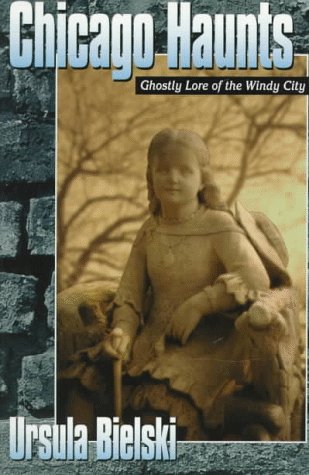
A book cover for Chicago Haunts: Ghostly Lore of the Windy City; Ursula Bielski; Humor & Entertainment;